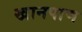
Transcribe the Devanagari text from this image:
खानपाण